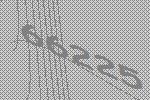
66225